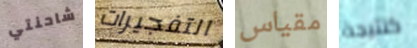
شاحنتي التفجيرات مقياس كنتيجة